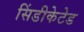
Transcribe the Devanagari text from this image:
सिंडीकेटेड